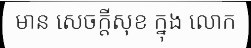
មាន សេចក្តីសុខ ក្នុង លោក